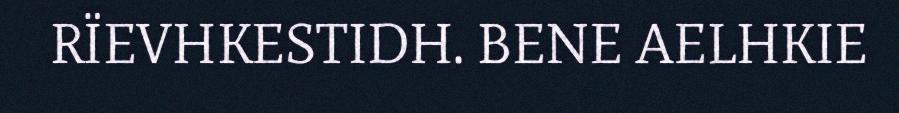
RÏEVHKESTIDH. BENE AELHKIE